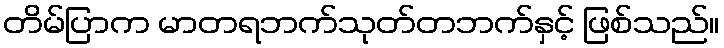
တိမ်ပြာက မာတရဘက်သုတ်တဘက်နှင့် ဖြစ်သည်။